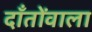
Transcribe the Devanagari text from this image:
दाँतोंवाला